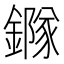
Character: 䥙